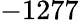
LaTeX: -1277